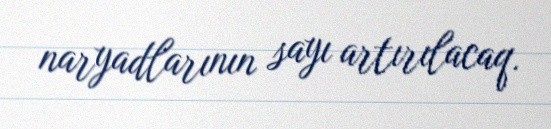
naryadlarının sayı artırılacaq.